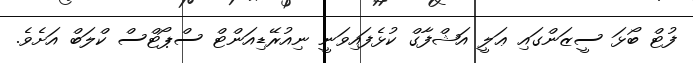
ފުޓް ބޯޅަ ސީޒަންގައި ޢަލީ އަޝްފާގް ކުޅެފައިވަނީ ނިއުރޭޑިއަންޓް ސްޕޯޓްސް ކްލަބް އަށެވެ.